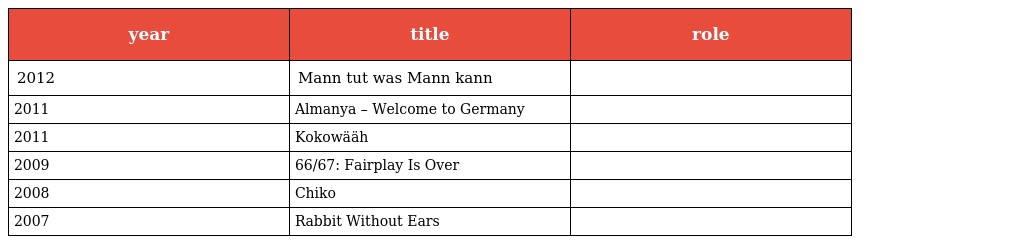
| year | title | role |
 | --- | --- | --- |
 | 2012 | Mann tut was Mann kann |  |
 | 2011 | Almanya – Welcome to Germany |  |
 | 2011 | Kokowääh |  |
 | 2009 | 66/67: Fairplay Is Over |  |
 | 2008 | Chiko |  |
 | 2007 | Rabbit Without Ears |  |